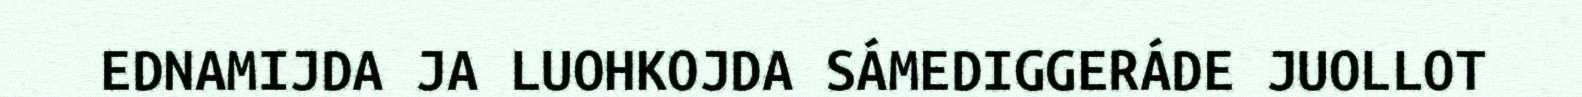
EDNAMIJDA JA LUOHKOJDA SÁMEDIGGERÁDE JUOLLOT